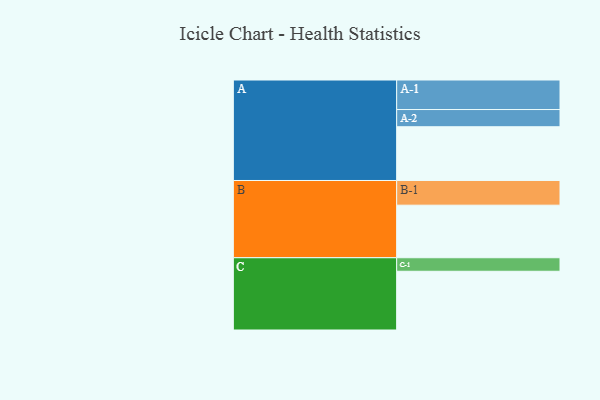
{"axis": {"x": "Segment", "y": "Value"}, "legend": ["", "A", "B", "C"], "data": [{"x": "A", "y": 453, "type": ""}, {"x": "B", "y": 443, "type": ""}, {"x": "C", "y": 495, "type": ""}, {"x": "A-1", "y": 249, "type": "A"}, {"x": "A-2", "y": 145, "type": "A"}, {"x": "B-1", "y": 208, "type": "B"}, {"x": "C-1", "y": 114, "type": "C"}]}